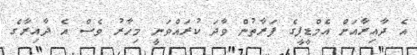
އެ ދާއިރާއަށް އެމްޑީޕީގެ ފަރާތުން ވާދަ ކުރައްވަނީ މިހާރު ވެސް އެ ދާއިރާގެ